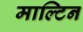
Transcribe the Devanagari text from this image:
माल्टिन